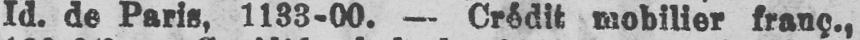
Id. de Paris, 1133-00. - Crédit mobilier franç.,